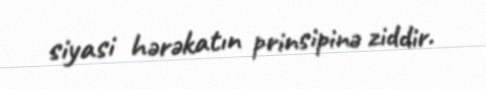
siyasi hərəkatın prinsipinə ziddir.